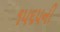
૧૫૬૫ની